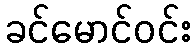
ခင်မောင်ဝင်း